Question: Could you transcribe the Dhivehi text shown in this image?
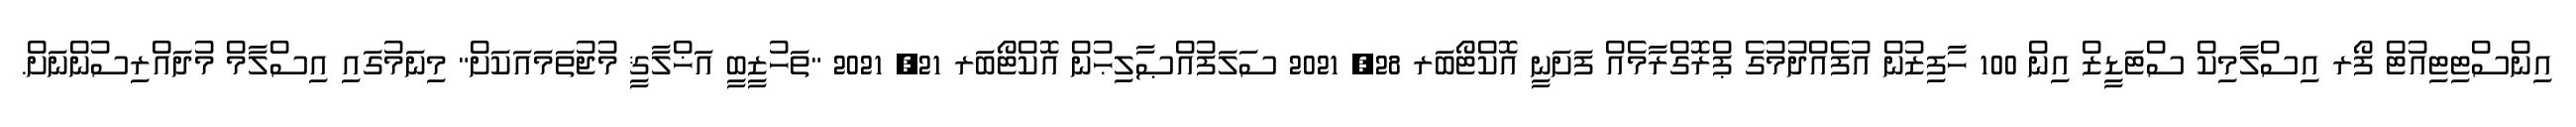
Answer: އިންސްޓިޓިއުޓް ފޯރ އިސްލާމިކް ސްޓަޑީޒް އިން 100 ހާފިޒުން އުފެއްދުމުގެ ޕްރޮގްރާމެއް ފަށަނީ އޮކްޓޯބަރ 28, 2021 ސަލަފުއްޞާލިޙުން އޮކްޓޯބަރ 21, 2021 "ތަހުޒީބީ އަޚްލާޤީ މުޖުތަމައަކަށް" މިނަމުގައި އިސްލާމް މުދައްރިސުންނަށް.